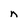
Character: n